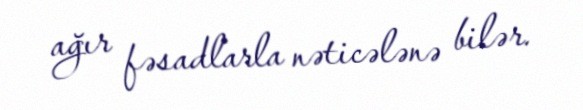
ağır fəsadlarla nəticələnə bilər.